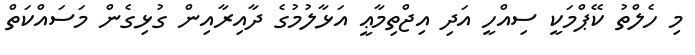
މި ހެލްތު ކޭޕްމަކީ ސިއްހީ އަދި އިޖްތިމާޢީ އަޅާލުމުގެ ދާއިރާއިން ގުޅިގެން މަސައްކަތް